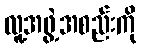
လူ့အဖွဲ့အစည်းကို